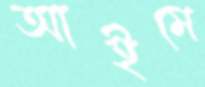
আইমে